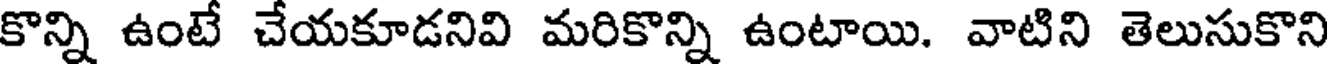
కొన్ని ఉంటే చేయకూడనివి మరికొన్ని ఉంటాయి. వాటిని తెలుసుకొని